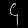
Digit: ၄